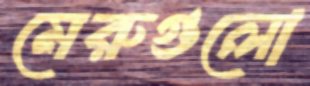
মেরুগুলো